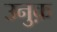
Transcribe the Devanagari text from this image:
उनुक़